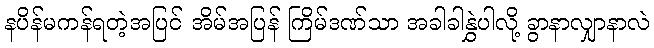
နပိန်မကန်ရတဲ့အပြင် အိမ်အပြန် ကြိမ်ဒဏ်သာ အခါခါနွှဲပါလို့ ခွာနာလျှာနာလဲ